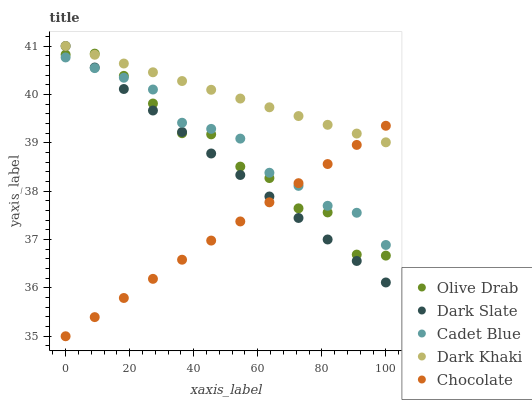
| xaxis_label | Olive Drab | Dark Slate | Cadet Blue | Dark Khaki | Chocolate |
 | --- | --- | --- | --- | --- | --- |
 | 0 | 40.8 | 41 | 40.8 | 41 | 35 |
 | 9.09 | 40.8 | 40.6 | 40.5 | 40.8 | 35.4 |
 | 18.2 | 40.4 | 40.1 | 40.3 | 40.6 | 35.8 |
 | 27.3 | 39.8 | 39.7 | 40.1 | 40.5 | 36.2 |
 | 36.4 | 39.2 | 39.2 | 39.4 | 40.3 | 36.6 |
 | 45.5 | 39.2 | 38.8 | 39.3 | 40.1 | 37 |
 | 54.5 | 38.5 | 38.3 | 39.1 | 39.9 | 37.4 |
 | 63.6 | 38.3 | 37.9 | 38.4 | 39.7 | 37.8 |
 | 72.7 | 37.6 | 37.4 | 38.1 | 39.6 | 38.2 |
 | 81.8 | 37.6 | 37 | 37.7 | 39.4 | 38.6 |
 | 90.9 | 36.7 | 36.6 | 37.6 | 39.2 | 39 |
 | 100 | 36.7 | 36.1 | 36.9 | 39 | 39.4 |